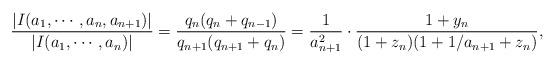
LaTeX: \begin{align*}\frac{|I(a_1, \cdots, a_n, a_{n+1})|}{|I(a_1, \cdots, a_n)|} = \frac{q_n(q_n+q_{n-1})}{q_{n+1}(q_{n+1}+q_n)} = \frac{1}{a^2_{n+1}} \cdot \frac{1+y_n}{(1+z_n)(1+1/a_{n+1}+z_n)},\end{align*}